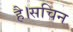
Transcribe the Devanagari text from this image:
है।सचिन